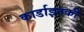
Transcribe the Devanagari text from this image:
कार्डाइतकी